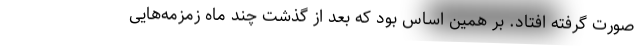
صورت گرفته افتاد. بر همین اساس بود که بعد از گذشت چند ماه زمزمه‌هایی